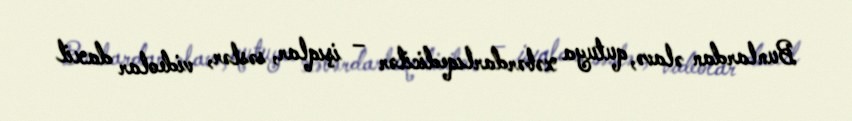
Bunlardan əlavə, qutuya xəbərdarlıqedicilər – işıqlar, səslər, videolar daxil